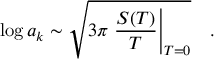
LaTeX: \log a _ { k } \sim \sqrt { 3 \pi \left. \frac { S ( T ) } { T } \right| _ { T = 0 } } \quad .